Vaccine operations Central Provinces & Berar 1922-1929 - 1922-1929
Year: 1922
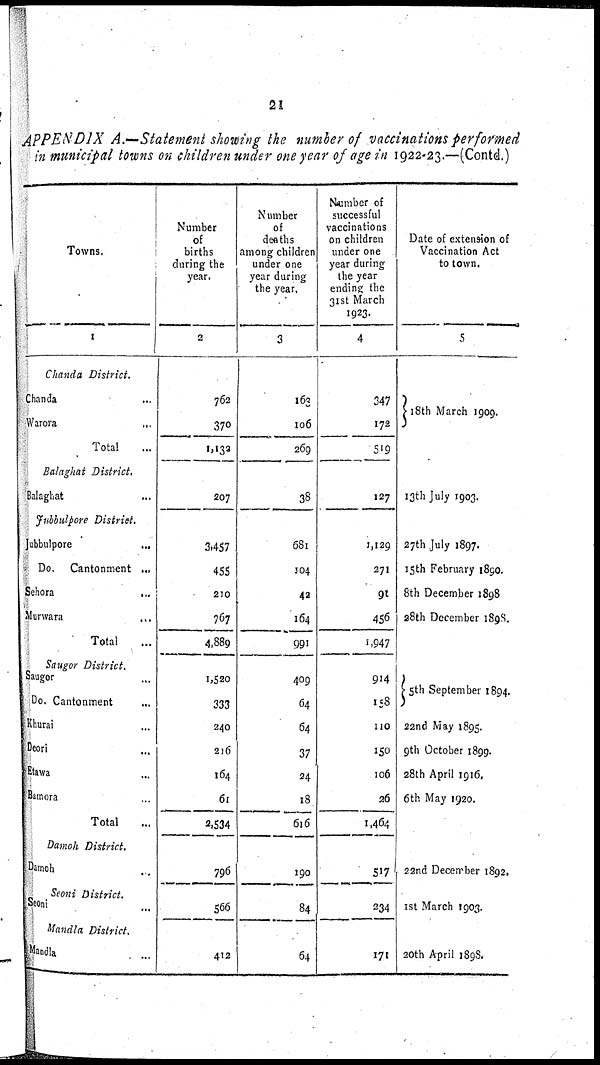
21
APPENDIX A.—Statement showing the number of vaccinations performed
in municipal towns on children under one year of age in 1922-23.—(Contd.)
Towns.
1
Chanda
District.
Chanda...
Warora...
Total...
Balaghat
District.
Balaghat...
Jubbulpore
District.
Jubbulpore...
Do.
Cantonment ...
Sehora...
Murwara...
Total...
Saugor
District.
Saugor...
Do. Cantonment...
Khurai...
Deori...
Etawa...
Bamora...
Total...
Damoh
District.
Damoh..
Seoni
District.
Seoni...
Mandla
District.
Mandla...
Number
of
births
during the
year.
2
762
370
1,132
207
3,457
455
210
767
4,889
1,520
333
240
216
164
61
2,534
796
566
412
Number
of
deaths
among children
under one
year during
the year.
3
163
106
269
38
681
104
42
164
991
409
64
64
37
24
18
616
190
84
64
Number of
successful
vaccinations
on children
under one
year during
the year
ending the
31st March
1923.
4
347
172
519
127
1,129
271
91
456
1,947
914
158
110
150
106
26
1,464
517
234
171
Date of extension of
Vaccination Act
to town.
5
18th March 1909.
13th July 1903.
27th July 1897.
15th February 1890.
8th December 1898
28th December 1898.
5th September 1894.
22nd May 1895.
9th October 1899.
28th April 1916.
6th May 1920.
22nd December 1892.
1st March 1903.
20th April 1898.